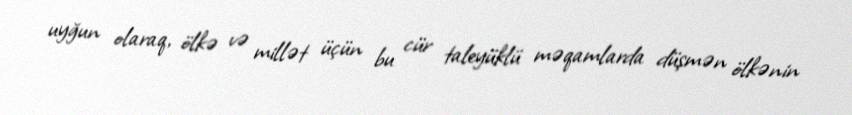
uyğun olaraq, ölkə və millət üçün bu cür taleyüklü məqamlarda düşmən ölkənin